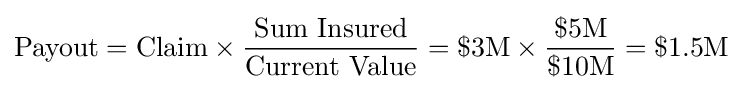
{\text{Payout}}={\text{Claim}}\times {\frac {\text{Sum Insured}}{\text{Current Value}}}=\$3{\mbox{M}}\times {\frac {\$5{\mbox{M}}}{\$10{\mbox{M}}}}=\$1.5{\mbox{M}}